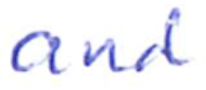
Text: and
Cross-out: clean
Writing tool: ballpoint